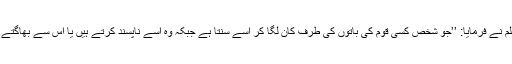
عبد اللہ بن عباس رضی اللہ عنہما سے روایت ہے رسول اللہ صلی اللہ علیہ وسلم نے فرمایا: ’’جو شخص کسی قوم کی باتوں کی طرف کان لگا کر اسے سنتا ہے جبکہ وہ اسے ناپسند کرتے ہیں یا اس سے بھاگتے ہیں قیامت کے دن اس کے کانوں میں سیسہ پگھلا کر ڈالا جائے گا‘‘ (بخاری۔